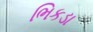
ભિકડા